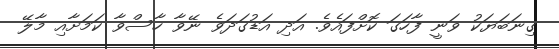
ގިނަބަޔަކު ވަނީ ފާހަގަ ކޮށްފައެވެ. އަދި އަޑުގަދަވެ ނޭވާ ހާސްވާ ކަމަށާއި މާލޭ